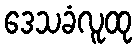
ဒေသခံလူထု